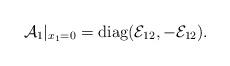
LaTeX: \begin{align*}\mathcal{A}_1|_{x_1=0}=\mathrm{diag}(\mathcal{E}_{12},-\mathcal{E}_{12}).\end{align*}